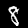
Label: 8